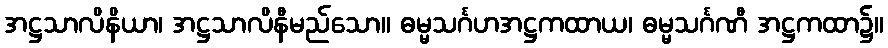
အဋ္ဌသာလိနိယာ၊ အဋ္ဌသာလိနီမည်သော။ ဓမ္မသင်္ဂဟအဋ္ဌကထာယ၊ ဓမ္မသင်္ဂဏီ အဋ္ဌကထာ၌။